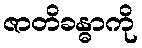
ဇာတိခန္ဓာကို